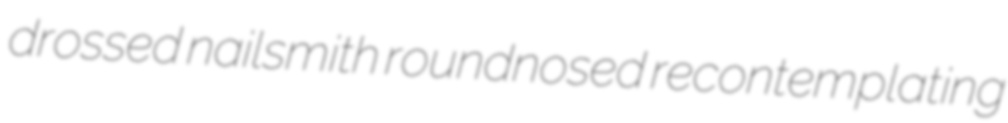
drossed nailsmith roundnosed recontemplating